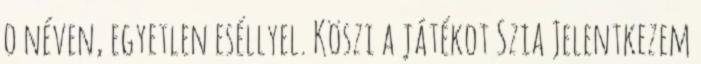
o néven, egyetlen eséllyel. Köszi a játékot Szia Jelentkezem